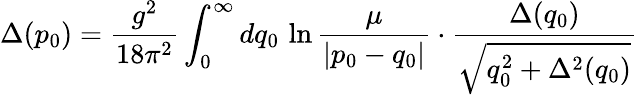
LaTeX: \Delta(p_{0})={\frac{g^{2}}{18\pi^{2}}}\int_{0}^{\infty}dq_{0}\, \ln{\frac{\mu}{|p_{0}-q_{0}|}}\cdot{\frac{\Delta(q_{0})}{\sqrt{q_{0}^{2}+\Delta^{2}(q_{0})}}}